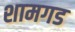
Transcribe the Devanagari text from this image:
शामगड